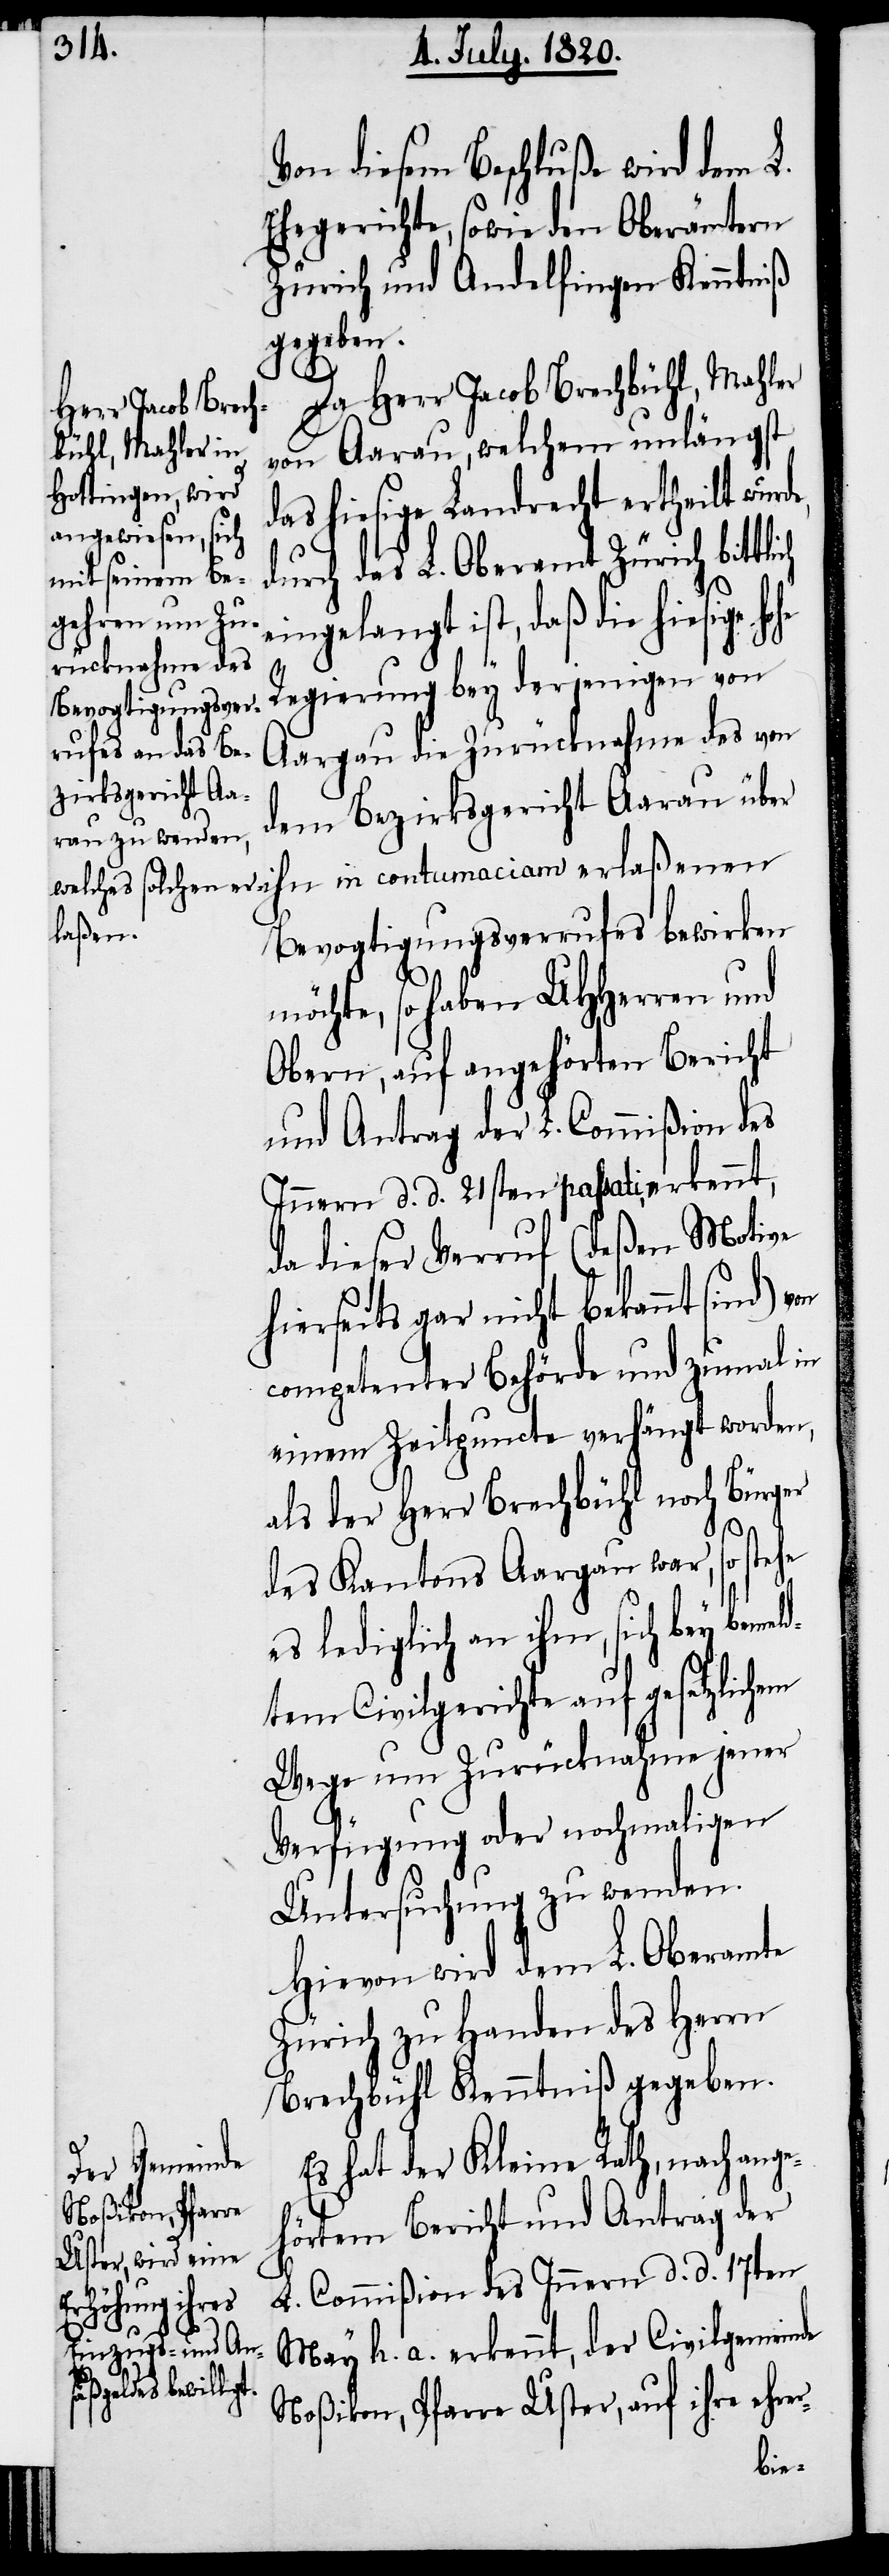
Von diesem Beschluße wird dem L.
Ehegerichte, sowie den Oberämtern
Zürich und Andelfingen Kenntniß
gegeben.
Da Herr Jacob Brechbühl, Mahler
von Aarau, welchem unlängst
das hiesige Landrecht ertheilt wurd¬
durch das L. Oberamt Zürich bittl¬
eingelangt ist, daß die hiesige
Regierung bey derjenigen von
Aargau die Zurücknahme des von
dem Bezirksgericht Aarau über
Bevogtiungsverrufes bewirken
möchte, so haben UHherren und
Obern, auf angehörten Bericht
und Antrag der L. Commißion des
Innern d. d. 21sten passati, erkennt,
da dieser Verruf (deßen Motive
hierseits gar nicht bekannt sind)
competenter Behörde und zumal in
einem Zeitpuncte verhängt worden,
als der Herr Brechbühl noch Bürger
ich
des Kantons Aargau war, so stehe
r-
es lediglich an ihm, sich bey bemel¬
dten Civilgerichte auf gesetzlichem
Wege um Zurücknahme jener
Verfügung oder nochmaligen
Untersuchung zu wenden.
Hiervon wird dem L. Oberamte
Zürich zu Handen des Herrn
Brechbühl Kenntniß gegeben.
Es hat der Kleine Rath, nach ange¬
hörtem Bericht und Antrag der
L. Commißion des Innern d. d. 17ten
May h. a. erkennt, der Civilgemeinde
Noßikon, Pfarre Uster, auf ihre ehre¬